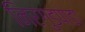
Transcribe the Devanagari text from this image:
निरगुडपाडा